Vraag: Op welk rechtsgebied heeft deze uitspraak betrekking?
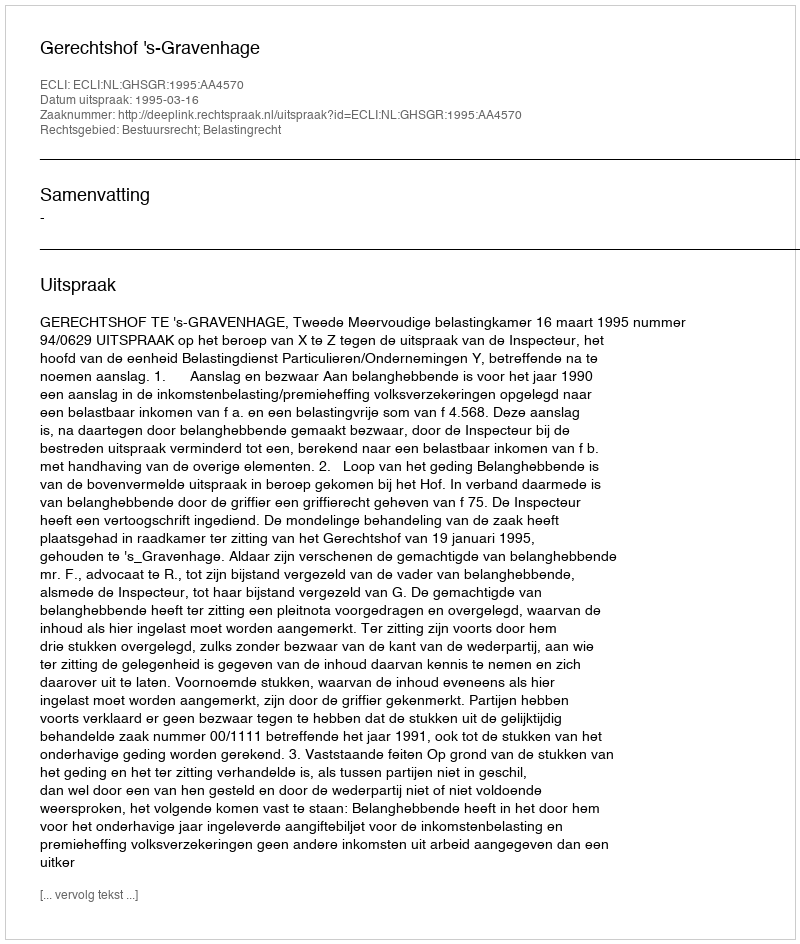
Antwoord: Bestuursrecht; Belastingrecht